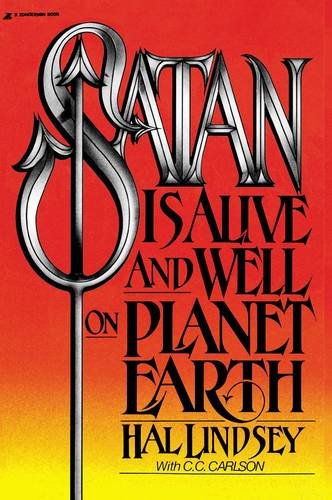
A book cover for Satan Is Alive and Well on Planet Earth; Hal Lindsey; Christian Books & Bibles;